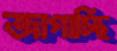
জাগাচ্ছি